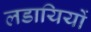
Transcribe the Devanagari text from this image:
लडायियों